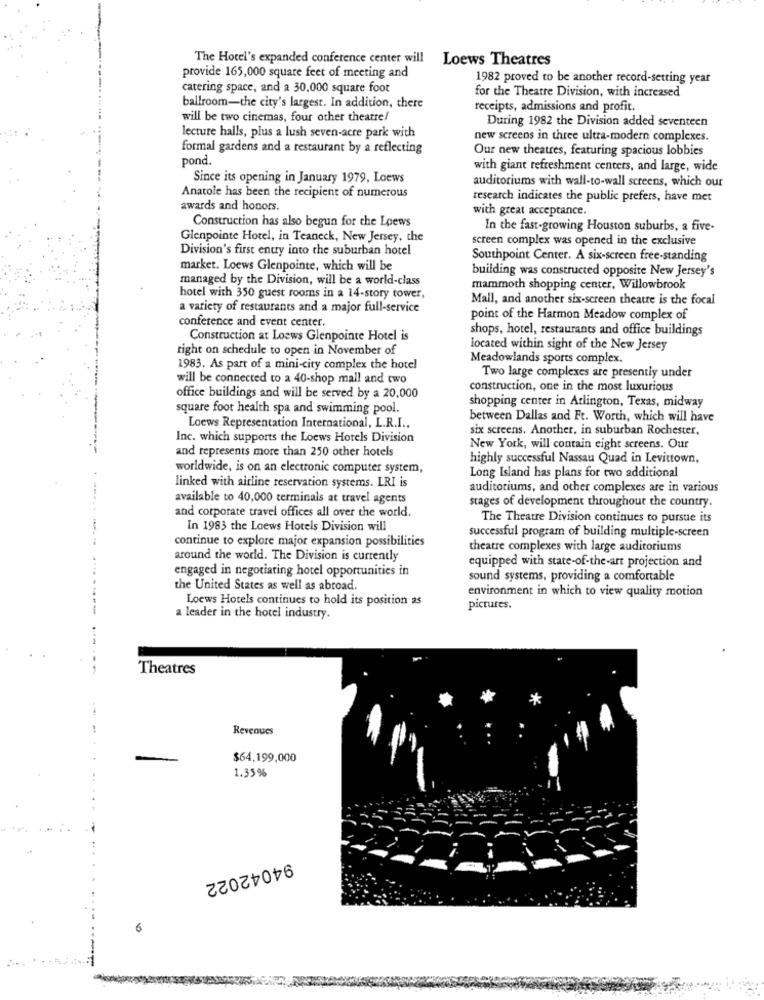
The Hotel's expanded conference center will
Loews Theatres
provide 165,000 square feet of meeting and
1982 proved to be another record-setting year
catering space, and a 30,000 square foot
for the Theatre Division, with increased
ballroom-the city's largest. In addition, there
receipts, admissions and profit.
will be two cinemas, four other theatre/
During 1982 the Division added seventeen
lecture halls, plus a lush seven-acre park with
new screens in three ultra-modern complexes.
formal gardens and a restaurant by a reflecting
Our new theatres, featuring spacious lobbies
pond.
with giant refreshment centers, and large, wide
Since its opening in January 1979, Loews
auditoriums with wall-to-wall screens, which our
Anatole has been the recipient of numerous
research indicates the public prefers, have met
awards and honors.
with great acceptance.
Construction has also begun for the Loews
In the fast-growing Houston suburbs, a five-
Glenpointe Hotel, in Teaneck, New Jersey, che
screen complex was opened in the exclusive
Division's first entry into the suburban hotel
Southpoint Center. A six-screen free-standing
market. Loews Glenpointe, which will be
building was constructed opposite New Jersey's
managed by the Division, will be a world-class
mammoth shopping center, Willowbrook
hotel with 350 guest rooms in a 14-story tower,
Mall, and another six-screen theatre is the focal
a variety of restaurants and a major full-service
conference and event center
point of the Harmon Meadow complex of
shops, hotel, restaurants and office buildings
Construction at Loews Glenpointe Hotel is
right on schedule to open in November of
located within sight of the New Jersey
Meadowlands sports complex.
1983. As part of a mini-city complex the hotel
will be connected to a 40-shop mall and two
Two large complexes are presently under
construction, one in the most luxurious
office buildings and will be served by a 20,000
square foot health spa and swimming pool.
shopping center in Arlington, Texas, midway
between Dallas and Ft. Worth, which will have
Loews Representation International, L.R.I ..
six screens. Another, in suburban Rochester,
Inc. which supports the Loews Hotels Division
and represents more than 250 other hotels
New York, will contain eight screens. Our
highly successful Nassau Quad in Levittown,
worldwide, is on an electronic computer system,
Long Island has plans for two additional
linked with airline reservation systems. LRI is
auditoriums, and other complexes are in various
available to 40,000 terminals at travel agents
stages of development throughout the country.
and corporate travel offices all over the world.
The Theatre Division continues to pursue its
In 1983 the Loews Hotels Division will
successful program of building multiple-screen
continue to explore major expansion possibilities
theatre complexes with large auditoriums
around the world. The Division is currently
equipped with state-of-the-art projection and
engaged in negotiating hotel opportunities in
sound systems, providing a comfortable
the United States as well as abroad.
environment in which to view quality motion
Loews Hotels continues to hold its position as
pictures.
a leader in the hotel industry.
Theatres
Revenues
$64,199,000
1.35%
94042022
6